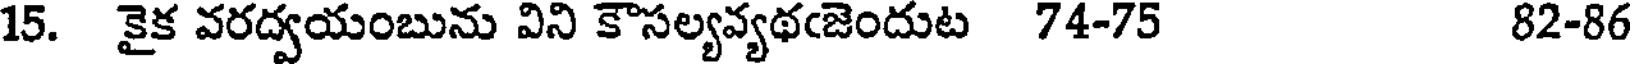
15. కైక వరద్వయంబును విని కౌసల్యవ్యథఁజెందుట 74-75 82-86